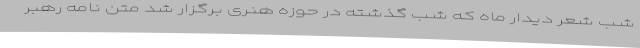
شب شعر دیدار ماه که شب گذشته در حوزه هنری برگزار شد متن نامه رهبر